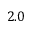
2 . 0